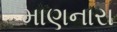
માણનારા